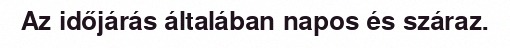
Az időjárás általában napos és száraz.